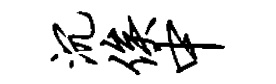
沉俟中